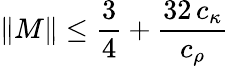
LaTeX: \| M\| \leq\frac{3}{4}+\frac{32\, c_{\kappa}}{c_{\rho}}